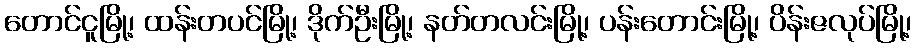
တောင်ငူမြို့၊ ထန်းတပင်မြို့၊ ဒိုက်ဦးမြို့၊ နတ်တလင်းမြို့၊ ပန်းတောင်းမြို့၊ ပိန်းဇလုပ်မြို့၊